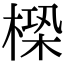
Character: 㮪